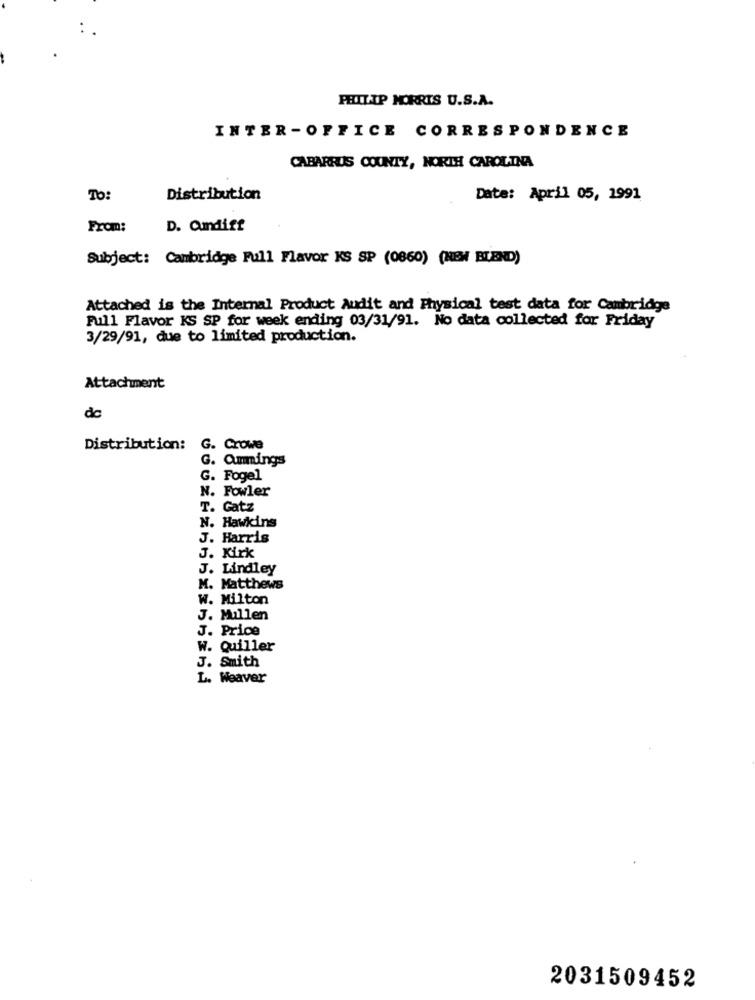
PHILIP MORRIS U.S.A.
INTER -OFFICE CORRESPONDENCE
CABARRUS COUNTY, NORTH CAROLINA
To:
Distribution
Date: April 05, 1991
From:
D. Cundiff
Subject: Cambridge Full Flavor KS SP (0860) (NEW BLEND)
Attached is the Internal Product Audit and Physical test data for Cambridge
Full Flavor KS SP for week ending 03/31/91. No data collected for Friday
3/29/91, due to limited production.
Attachment
dc
Distribution: G. Crowe
G. ammings
G. Fogel
N. Fowler
T. Gatz
N. Hawkins
J. Harris
J. Kirk
J. Lindley
M. Matthews
w. Milton
J. Mullen
J. Price
W. Quiller
J. Smith
L. Weaver
2031509452